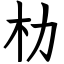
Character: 朸